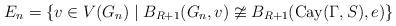
LaTeX: \begin{align*}E_{n}=\left\{ v\in V(G_{n})\mid B_{R+1}(G_{n},v)\ncong B_{R+1}(\mathrm{Cay}(\Gamma,S),e)\right\}\end{align*}